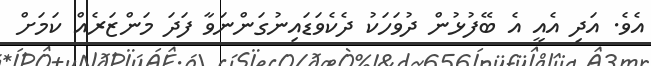
އެވެ. އަދި އެއީ އެ ބޭފުޅުން ދުވަހަކު ދެކެވަޑައިނުގަންނަވާ ފަދަ މަންޒަރެއް ކަމަށް